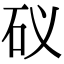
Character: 𥐟